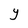
Character: Y